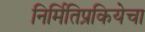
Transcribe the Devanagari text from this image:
निर्मितिप्रकियेचा